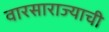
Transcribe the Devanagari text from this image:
वारसाराज्याची